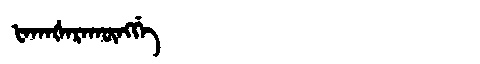
Manchu: ᡶᠠᡴᠠᡧᠠᡵᠠᡴᡡᠩᡤᡝ
Romanization: FAKAŠARAKŪNGGE